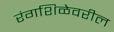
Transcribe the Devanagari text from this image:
रंगशिळेवरील